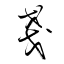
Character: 戔